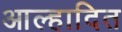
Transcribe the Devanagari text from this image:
आल्हादित